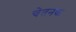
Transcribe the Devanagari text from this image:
चेतनक